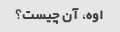
اوه، آن چیست؟